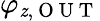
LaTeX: \varphi_{\mathit{z},\mathrm{{~O~U~T~}}}